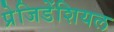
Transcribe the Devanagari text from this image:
प्रेजिडेंशियल